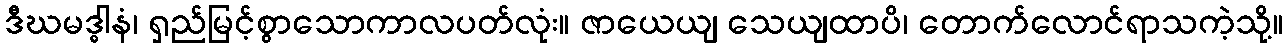
ဒီဃမဒ္ဓါနံ၊ ရှည်မြင့်စွာသောကာလပတ်လုံး။ ဇာယေယျ သေယျထာပိ၊ တောက်လောင်ရာသကဲ့သို့။